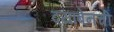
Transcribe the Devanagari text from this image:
दयाबेनची